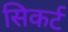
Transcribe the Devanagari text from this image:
सिकर्ट